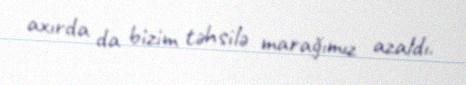
axırda da bizim təhsilə marağımız azaldı.